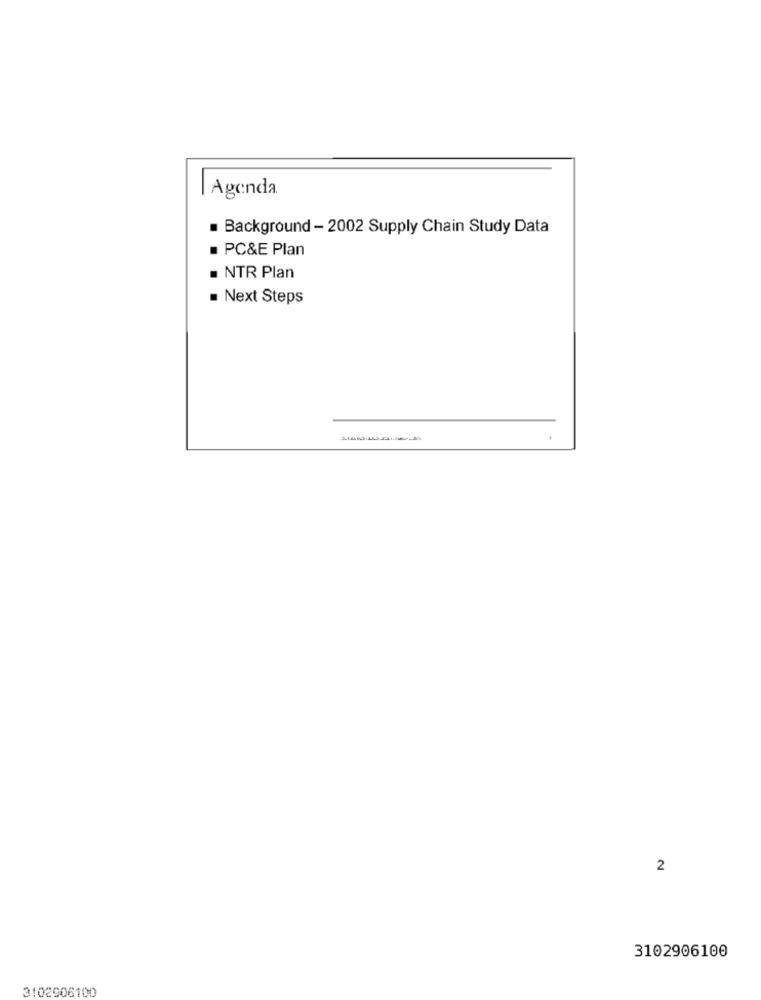
Agenda
. Background - 2002 Supply Chain Study Data
PC&E Plan
NTR Plan
Next Steps
2
3102906100
3102906100